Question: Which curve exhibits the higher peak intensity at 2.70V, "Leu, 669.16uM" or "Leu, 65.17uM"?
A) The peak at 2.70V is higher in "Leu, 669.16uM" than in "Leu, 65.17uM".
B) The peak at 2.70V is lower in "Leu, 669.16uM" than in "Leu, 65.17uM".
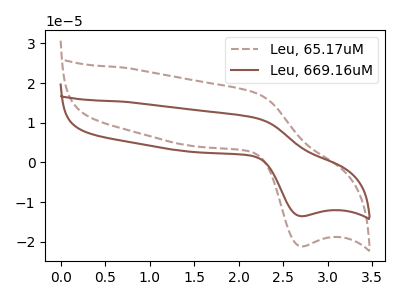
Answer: <think>The brown dashed curve "Leu, 65.17uM" has an anodic peak at (2.20V, 17.50uA) and a cathodic peak at (2.70V, -21.10uA). The brown curve "Leu, 669.16uM" has an anodic peak at (2.20V, 11.20uA) and a cathodic peak at (2.70V, -13.50uA).</think>
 <answer>B) The peak at 2.70V is lower in "Leu, 669.16uM" than in "Leu, 65.17uM".</answer>
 <eval>B</eval>